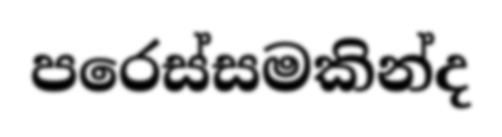
පරෙස්සමකින්ද